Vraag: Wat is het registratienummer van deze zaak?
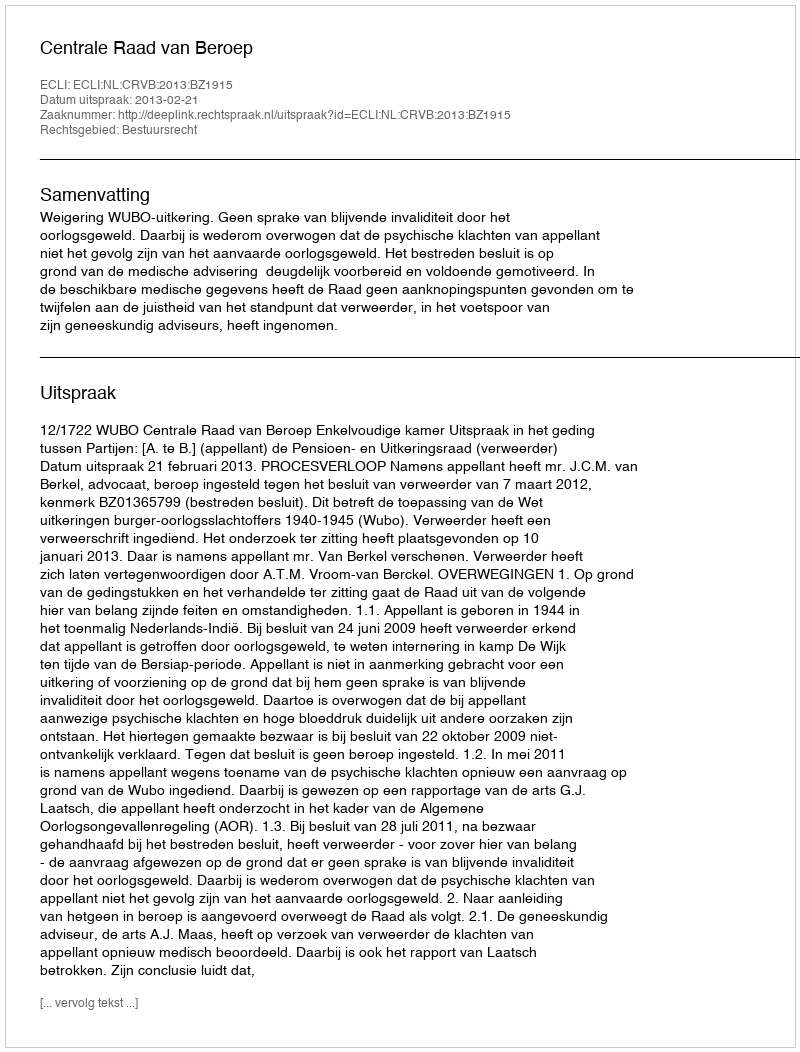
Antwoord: http://deeplink.rechtspraak.nl/uitspraak?id=ECLI:NL:CRVB:2013:BZ1915